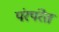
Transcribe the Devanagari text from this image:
पंरपंरेत